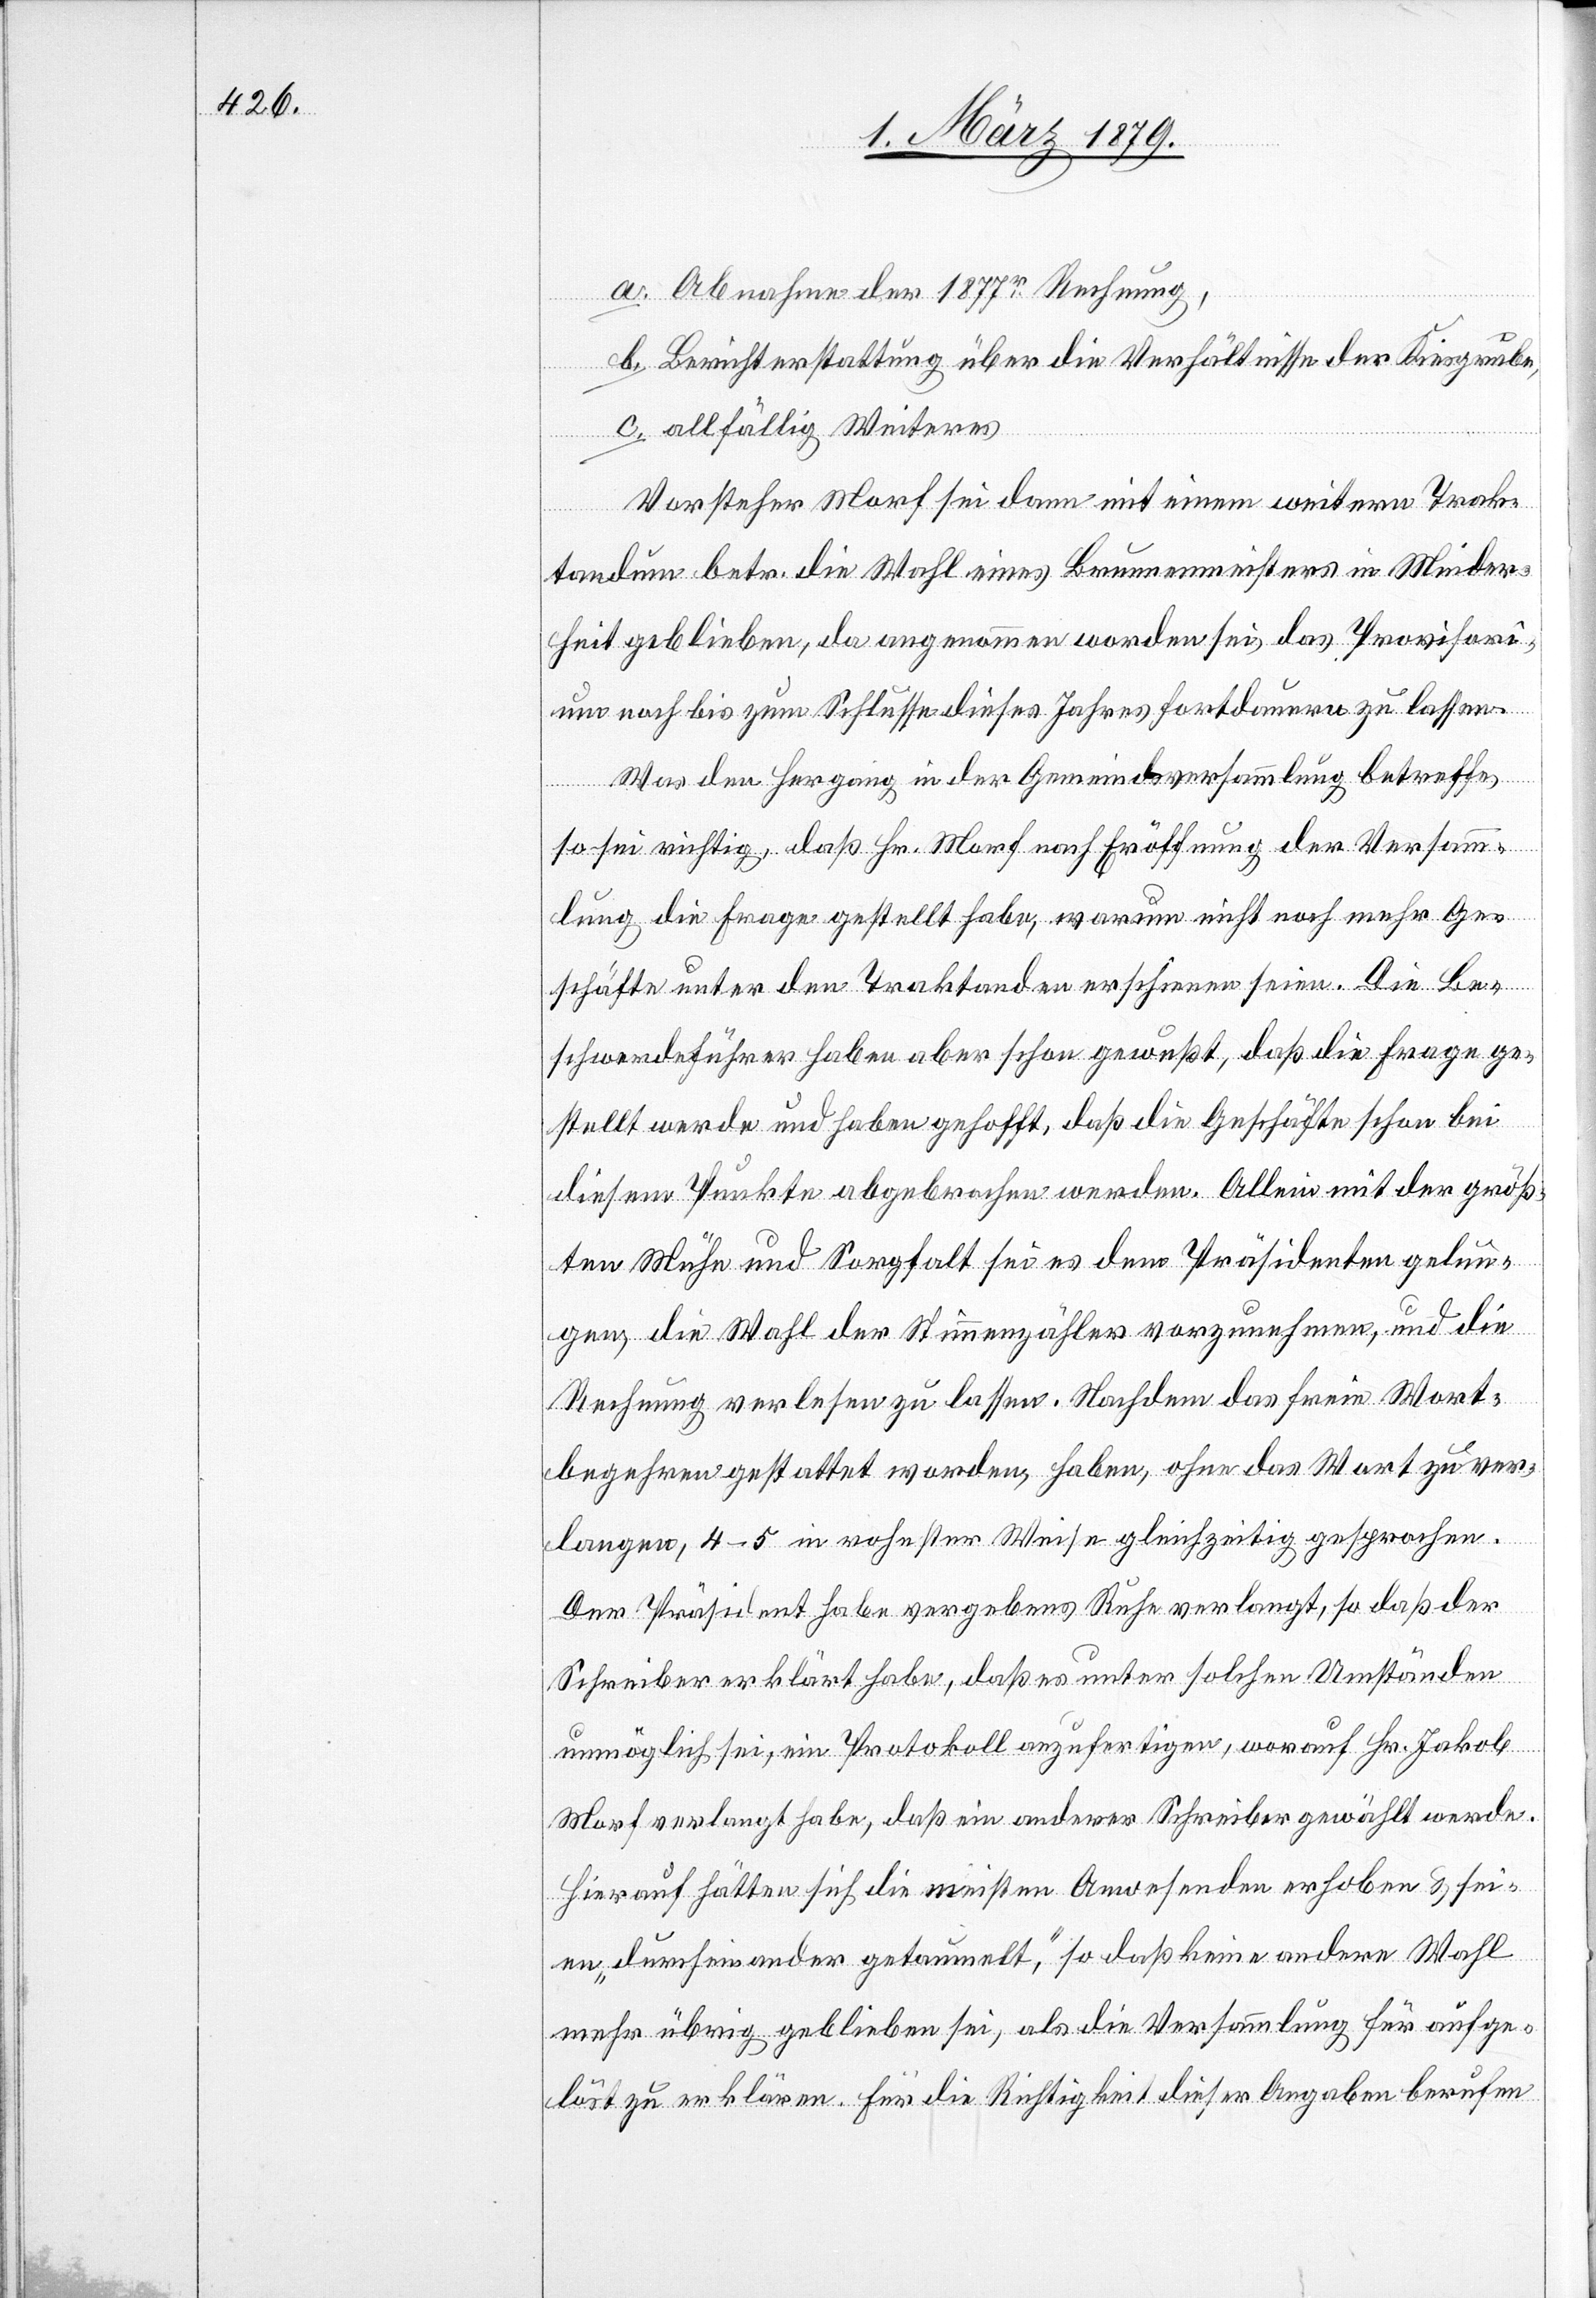
a. Abnahme der 1877r Rechnung,
b. Berichterstattung über die Verhältnisse der Kiesgrube,
Weise
c. allfällig Weiteres[.]
Vorsteher Morf sei dann mit einem weitern Trak¬
tandum betr. die Wahl eines Brunnenmeisters in Minder¬
heit geblieben, da angenommen worden sei, das Provisori¬
um noch bis zum Schlusse dieses Jahres fortdauern zu lassen.
Was den Hergang in der Gemeindsversammlung betreffe,
rohester
so sei richtig, daß Hr. Morf nach Eröffnung der Versamm¬
lung die Frage gestellt habe, warum nicht noch mehr Ge¬
schäfte unter den Traktanden erschienen seien. Die Be¬
schwerdeführer haben aber schon gewußt, daß die Frage ge¬
stellt werde und haben gehofft, daß die Geschäfte schon bei
diesem Punkte abgebrochen werden. Allein mit der größ¬
ten Mühe und Sorgfalt sei es dem Präsidenten gelun¬
gen, die Wahl der Stimmenzähler vorzunehmen, und die
Rechnung verlesen zu lassen. Nachdem das freie Wort¬
begehren gestattet worden, haben, ohne das Wort zu ver¬
Der Präsident habe vergebens Ruhe verlangt, so daß der
Schreiber erklärt habe, daß es unter solchen Umständen
unmöglich sei, ein Protokoll anzufertigen, worauf Hr. Jakob
Morf verlangt habe, daß ein anderer Schreiber gewählt werde.
Hierauf hätten sich die meisten Anwesenden erhoben & sei¬
en „durcheinander getaumelt“, so daß keine andere Wahl
mehr übrig geblieben sei, als die Versammlung für aufge¬
löst zu erklären. Für die Richtigkeit dieser Angaben berufen